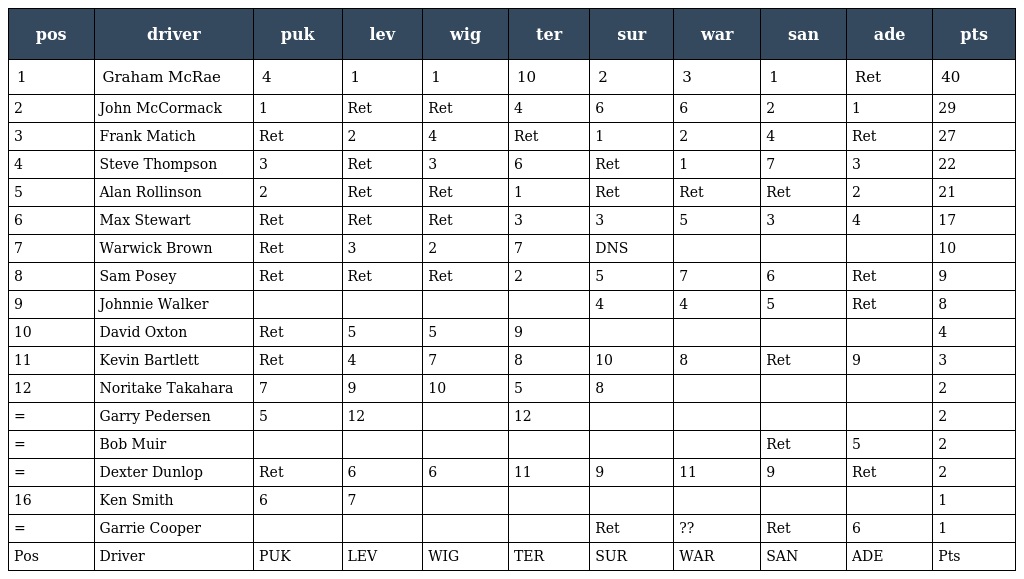
| pos | driver | puk | lev | wig | ter | sur | war | san | ade | pts |
 | --- | --- | --- | --- | --- | --- | --- | --- | --- | --- | --- |
 | 1 | Graham McRae | 4 | 1 | 1 | 10 | 2 | 3 | 1 | Ret | 40 |
 | 2 | John McCormack | 1 | Ret | Ret | 4 | 6 | 6 | 2 | 1 | 29 |
 | 3 | Frank Matich | Ret | 2 | 4 | Ret | 1 | 2 | 4 | Ret | 27 |
 | 4 | Steve Thompson | 3 | Ret | 3 | 6 | Ret | 1 | 7 | 3 | 22 |
 | 5 | Alan Rollinson | 2 | Ret | Ret | 1 | Ret | Ret | Ret | 2 | 21 |
 | 6 | Max Stewart | Ret | Ret | Ret | 3 | 3 | 5 | 3 | 4 | 17 |
 | 7 | Warwick Brown | Ret | 3 | 2 | 7 | DNS |  |  |  | 10 |
 | 8 | Sam Posey | Ret | Ret | Ret | 2 | 5 | 7 | 6 | Ret | 9 |
 | 9 | Johnnie Walker |  |  |  |  | 4 | 4 | 5 | Ret | 8 |
 | 10 | David Oxton | Ret | 5 | 5 | 9 |  |  |  |  | 4 |
 | 11 | Kevin Bartlett | Ret | 4 | 7 | 8 | 10 | 8 | Ret | 9 | 3 |
 | 12 | Noritake Takahara | 7 | 9 | 10 | 5 | 8 |  |  |  | 2 |
 | = | Garry Pedersen | 5 | 12 |  | 12 |  |  |  |  | 2 |
 | = | Bob Muir |  |  |  |  |  |  | Ret | 5 | 2 |
 | = | Dexter Dunlop | Ret | 6 | 6 | 11 | 9 | 11 | 9 | Ret | 2 |
 | 16 | Ken Smith | 6 | 7 |  |  |  |  |  |  | 1 |
 | = | Garrie Cooper |  |  |  |  | Ret | ?? | Ret | 6 | 1 |
 | Pos | Driver | PUK | LEV | WIG | TER | SUR | WAR | SAN | ADE | Pts |